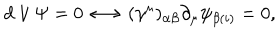
d \vee \Psi = 0 \longleftrightarrow ( \gamma ^ { \mu } ) _ { \alpha \beta } \partial _ { \mu } \psi _ { \beta ( i ) } = 0 ,